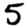
Digit: 5